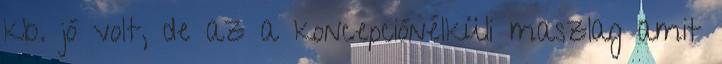
kb. jó volt, de az a koncepciónélküli maszlag amit